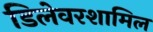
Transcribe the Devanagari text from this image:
डिलेवरशामिल